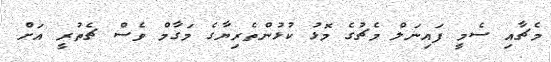
މެޗާއި ސެމީ ފައިނަލް މެޗުގެ މޮޅު ކުޅުންތެރިޔާގެ މަގާމް ވެސް ޗެތުރީ އަށް